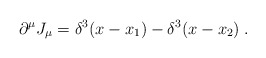
\begin{align*}\partial ^\mu J_\mu =\delta ^3(x-x_1)-\delta ^3(x-x_2)\;. \end{align*}